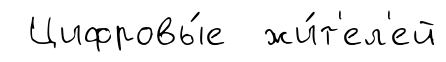
Цифровы́е жи́т'ел'ей